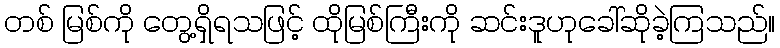
တစ် မြစ်ကို တွေ့ရှိရသဖြင့် ထိုမြစ်ကြီးကို ဆင်းဒူဟုခေါ်ဆိုခဲ့ကြသည်။